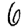
Digit: 6